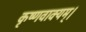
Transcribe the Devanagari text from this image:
कृष्णवाक्यम्।